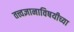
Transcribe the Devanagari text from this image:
तत्त्वज्ञानाविषयीच्या